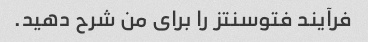
فرآیند فتوسنتز را برای من شرح دهید.